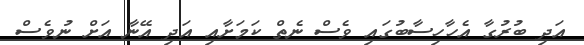
އަދި ބުރުގާ އެހާހިސާބުގައި ވެސް ނެތް ކަމަށާއި އަދި އޭނާ އަށް ނުވެސް